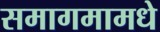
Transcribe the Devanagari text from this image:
समागमामधे